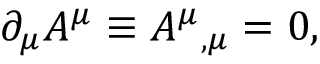
\partial _ { \mu } A ^ { \mu } \equiv A ^ { \mu } { } _ { , \mu } = 0 ,